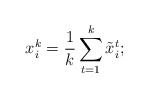
\begin{align*}x_i^k = \frac{1}{k} \sum_{t=1}^{k} \tilde{x}_i^t;\end{align*}